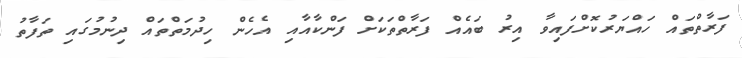
ފަރާތްތައް ހައްޔަރުކޮށްފައިވާ އިރު ބައެއް ފަރާތްތަކަށް ފަންކާއާއި އެހެން ހިދުމަތްތައް ދިނުމުގައި ތަފާތު